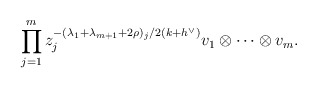
\begin{align*}\prod_{j=1}^{m}z_{j}^{-(\lambda_{1}+\lambda_{m+1}+2\rho)_{j}/2(k+h^{\vee})}v_{1}\otimes\cdots\otimes v_{m}.\end{align*}